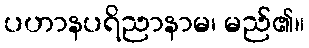
ပဟာနပရိညာနာမ၊ မည်၏။